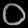
Digit: ၀